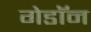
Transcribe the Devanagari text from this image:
गेडाॅन